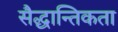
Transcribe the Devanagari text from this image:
सैद्धान्तिकता